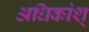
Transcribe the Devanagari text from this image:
अधिकांश्